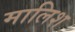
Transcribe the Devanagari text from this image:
मालिश्‍ा